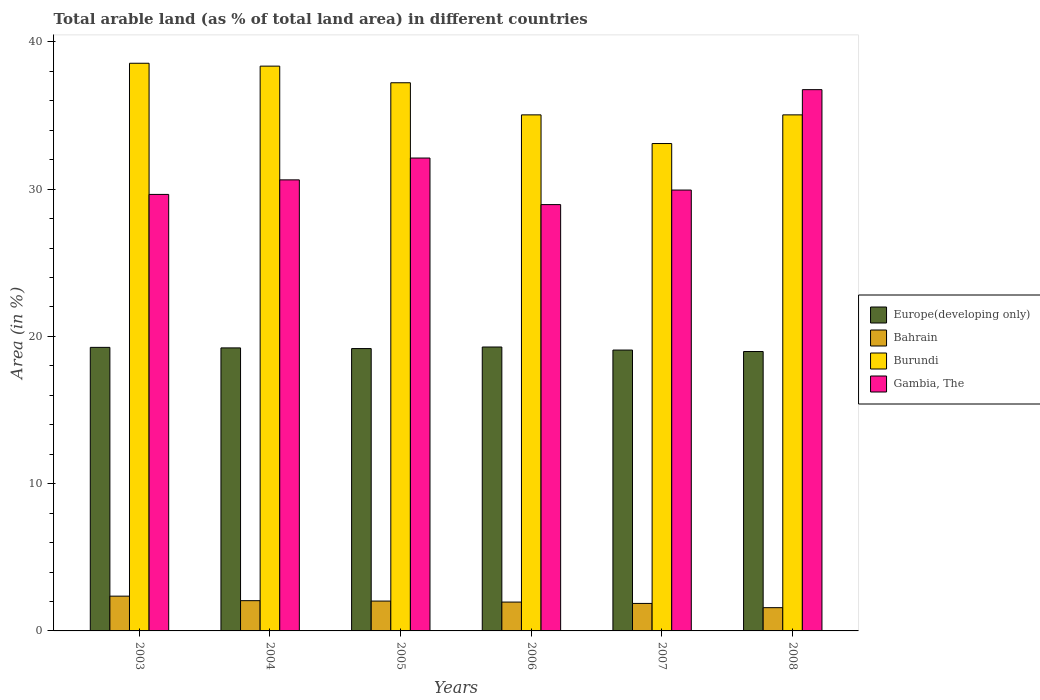
| Years | Europe(developing only) | Bahrain | Burundi | Gambia, The |
 | --- | --- | --- | --- | --- |
 | 2003 | 19.3 | 2.36 | 38.6 | 29.6 |
 | 2004 | 19.2 | 2.05 | 38.4 | 30.6 |
 | 2005 | 19.2 | 2.03 | 37.2 | 32.1 |
 | 2006 | 19.3 | 1.96 | 35 | 29 |
 | 2007 | 19.1 | 1.87 | 33.1 | 29.9 |
 | 2008 | 19 | 1.58 | 35 | 36.8 |